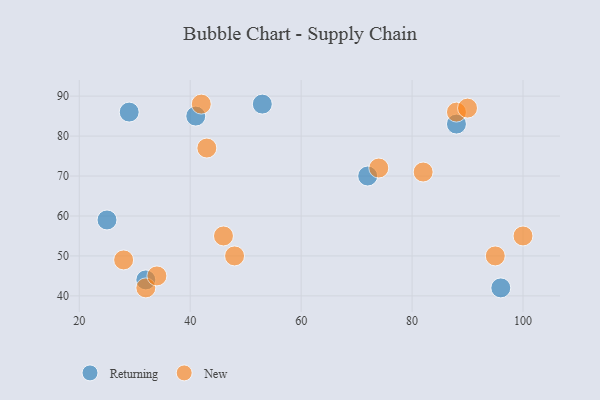
{"axis": {"x": "GDP", "y": "Life Expectancy"}, "legend": ["New", "Returning"], "data": [{"x": "41", "y": 85, "type": "Returning"}, {"x": "29", "y": 86, "type": "Returning"}, {"x": "53", "y": 88, "type": "Returning"}, {"x": "25", "y": 59, "type": "Returning"}, {"x": "96", "y": 42, "type": "Returning"}, {"x": "88", "y": 83, "type": "Returning"}, {"x": "72", "y": 70, "type": "Returning"}, {"x": "32", "y": 44, "type": "Returning"}, {"x": "82", "y": 71, "type": "New"}, {"x": "74", "y": 72, "type": "New"}, {"x": "95", "y": 50, "type": "New"}, {"x": "88", "y": 86, "type": "New"}, {"x": "32", "y": 42, "type": "New"}, {"x": "42", "y": 88, "type": "New"}, {"x": "48", "y": 50, "type": "New"}, {"x": "34", "y": 45, "type": "New"}, {"x": "43", "y": 77, "type": "New"}, {"x": "90", "y": 87, "type": "New"}, {"x": "100", "y": 55, "type": "New"}, {"x": "28", "y": 49, "type": "New"}, {"x": "46", "y": 55, "type": "New"}]}